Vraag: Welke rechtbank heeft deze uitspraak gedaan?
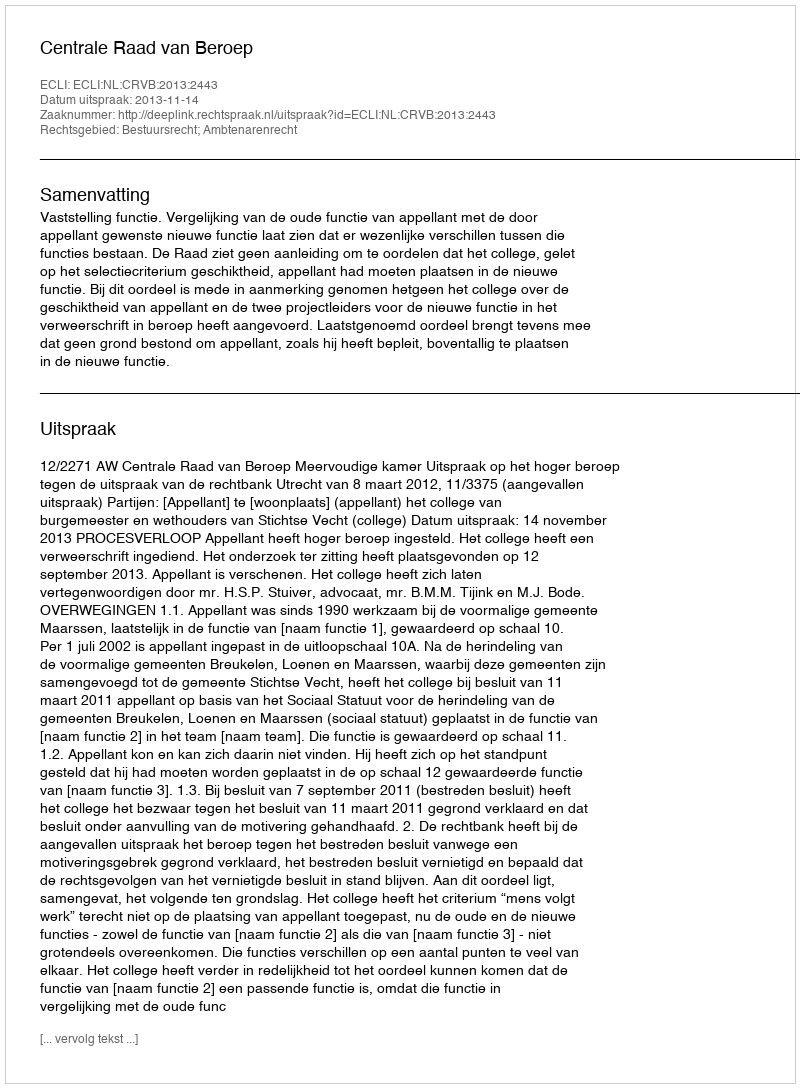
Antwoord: Centrale Raad van Beroep